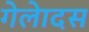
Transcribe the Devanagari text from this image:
गेलेादस